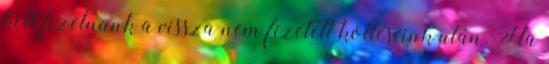
kell fizetnünk a vissza nem fizetett költéseink után. Ha